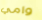
وامي